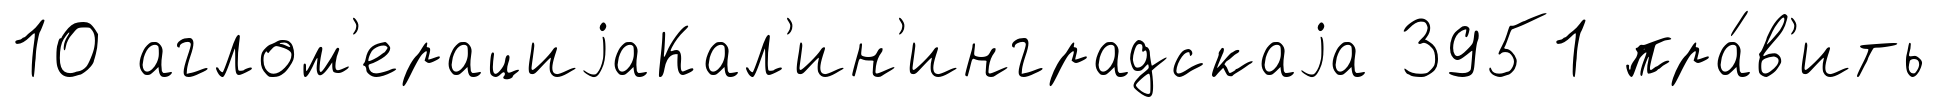
10 аглом'ерациjаКал'ин'инградскаjа 3951 пра́в'ить